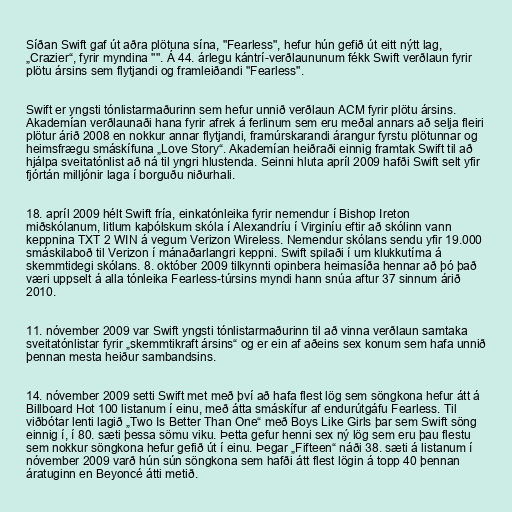
Síðan Swift gaf út aðra plötuna sína, "Fearless", hefur hún gefið út eitt nýtt lag,
„Crazier“, fyrir myndina "". Á 44. árlegu kántrí-verðlaununum fékk Swift verðlaun fyrir
plötu ársins sem flytjandi og framleiðandi "Fearless".

Swift er yngsti tónlistarmaðurinn sem hefur unnið verðlaun ACM fyrir plötu ársins.
Akademían verðlaunaði hana fyrir afrek á ferlinum sem eru meðal annars að selja fleiri
plötur árið 2008 en nokkur annar flytjandi, framúrskarandi árangur fyrstu plötunnar og
heimsfrægu smáskífuna „Love Story“. Akademían heiðraði einnig framtak Swift til að
hjálpa sveitatónlist að ná til yngri hlustenda. Seinni hluta apríl 2009 hafði Swift selt yfir
fjórtán milljónir laga í borguðu niðurhali.

18. apríl 2009 hélt Swift fría, einkatónleika fyrir nemendur í Bishop Ireton
miðskólanum, litlum kaþólskum skóla í Alexandríu í Virginíu eftir að skólinn vann
keppnina TXT 2 WIN á vegum Verizon Wireless. Nemendur skólans sendu yfir 19.000
smáskilaboð til Verizon í mánaðarlangri keppni. Swift spilaði í um klukkutíma á
skemmtidegi skólans. 8. október 2009 tilkynnti opinbera heimasíða hennar að þó það
væri uppselt á alla tónleika Fearless-túrsins myndi hann snúa aftur 37 sinnum árið
2010.

11. nóvember 2009 var Swift yngsti tónlistarmaðurinn til að vinna verðlaun samtaka
sveitatónlistar fyrir „skemmtikraft ársins“ og er ein af aðeins sex konum sem hafa unnið
þennan mesta heiður sambandsins.

14. nóvember 2009 setti Swift met með því að hafa flest lög sem söngkona hefur átt á
Billboard Hot 100 listanum í einu, með átta smáskífur af endurútgáfu Fearless. Til
viðbótar lenti lagið „Two Is Better Than One“ með Boys Like Girls þar sem Swift söng
einnig í, í 80. sæti þessa sömu viku. Þetta gefur henni sex ný lög sem eru þau flestu
sem nokkur söngkona hefur gefið út í einu. Þegar „Fifteen“ náði 38. sæti á listanum í
nóvember 2009 varð hún sún söngkona sem hafði átt flest lögin á topp 40 þennan
áratuginn en Beyoncé átti metið.